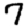
Digit: 7